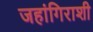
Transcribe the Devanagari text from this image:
जहांगिराशी